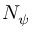
N _ { \psi }